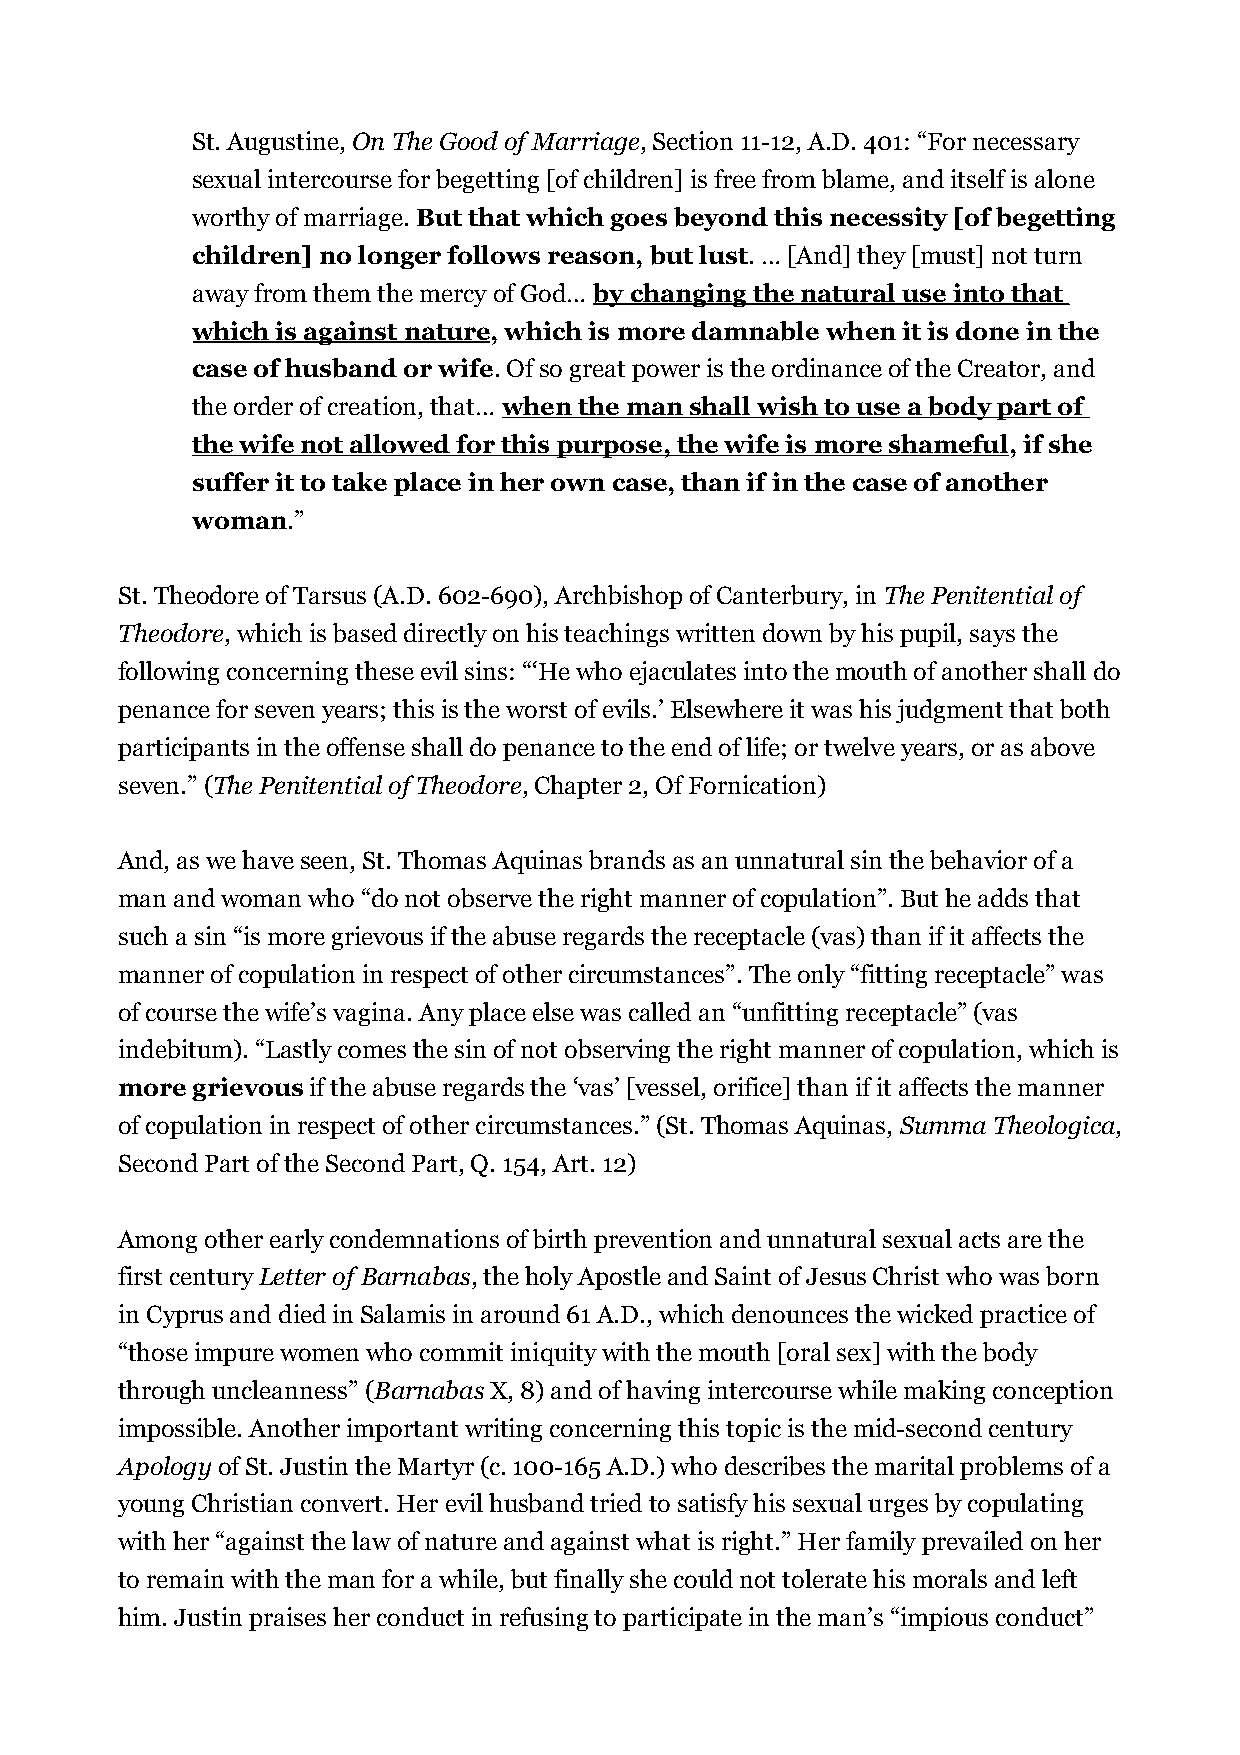
St. Augustine, On The Good of Marriage, Section 11-12, A.D. 401: “For necessary
 sexual intercourse for begetting [of children] is free from blame, and itself is alone
 worthy of marriage. But that which goes beyond this necessity [of begetting
 children] no longer follows reason, but lust. … [And] they [must] not turn
 away from them the mercy of God… by changing the natural use into that
 which is against nature, which is more damnable when it is done in the
 case of husband or wife. Of so great power is the ordinance of the Creator, and
 the order of creation, that… when the man shall wish to use a body part of
 the wife not allowed for this purpose, the wife is more shameful, if she
 suffer it to take place in her own case, than if in the case of another
 woman.”
 St. Theodore of Tarsus (A.D. 602-690), Archbishop of Canterbury, in The Penitential of
 Theodore, which is based directly on his teachings written down by his pupil, says the
 following concerning these evil sins: “‘He who ejaculates into the mouth of another shall do
 penance for seven years; this is the worst of evils.’ Elsewhere it was his judgment that both
 participants in the offense shall do penance to the end of life; or twelve years, or as above
 seven.” (The Penitential of Theodore, Chapter 2, Of Fornication)
 And, as we have seen, St. Thomas Aquinas brands as an unnatural sin the behavior of a
 man and woman who “do not observe the right manner of copulation”. But he adds that
 such a sin “is more grievous if the abuse regards the receptacle (vas) than if it affects the
 manner of copulation in respect of other circumstances”. The only “fitting receptacle” was
 of course the wife’s vagina. Any place else was called an “unfitting receptacle” (vas
 indebitum). “Lastly comes the sin of not observing the right manner of copulation, which is
 more grievous if the abuse regards the ‘vas’ [vessel, orifice] than if it affects the manner
 of copulation in respect of other circumstances.” (St. Thomas Aquinas, Summa Theologica,
 Second Part of the Second Part, Q. 154, Art. 12)
 Among other early condemnations of birth prevention and unnatural sexual acts are the
 first century Letter of Barnabas, the holy Apostle and Saint of Jesus Christ who was born
 in Cyprus and died in Salamis in around 61 A.D., which denounces the wicked practice of
 “those impure women who commit iniquity with the mouth [oral sex] with the body
 through uncleanness” (Barnabas X, 8) and of having intercourse while making conception
 impossible. Another important writing concerning this topic is the mid-second century
 Apology of St. Justin the Martyr (c. 100-165 A.D.) who describes the marital problems of a
 young Christian convert. Her evil husband tried to satisfy his sexual urges by copulating
 with her “against the law of nature and against what is right.” Her family prevailed on her
 to remain with the man for a while, but finally she could not tolerate his morals and left
 him. Justin praises her conduct in refusing to participate in the man’s “impious conduct”